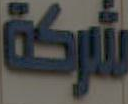
شركة